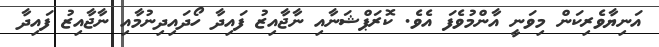
އަނިޔާވެރިކަން މިވަނީ އާންމުވެފަ އެވެ. ކޮރަޕްޝަނާއި ނާޖާއިޒު ފައިދާ ހޯދައިދިނުމާއި ނާޖާއިޒު ފައިދާ